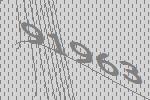
91963